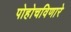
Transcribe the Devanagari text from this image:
पोहोचविणारे